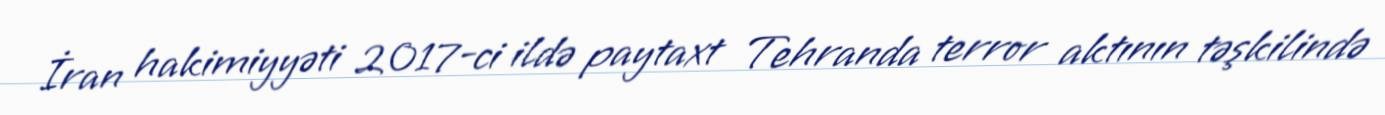
İran hakimiyyəti 2017-ci ildə paytaxt Tehranda terror aktının təşkilində